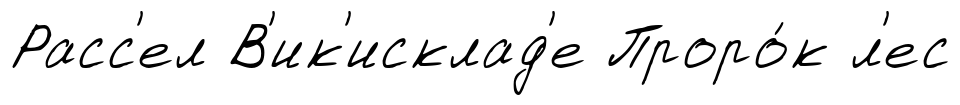
Расс'ел В'ик'исклад'е Проро́к л'ес